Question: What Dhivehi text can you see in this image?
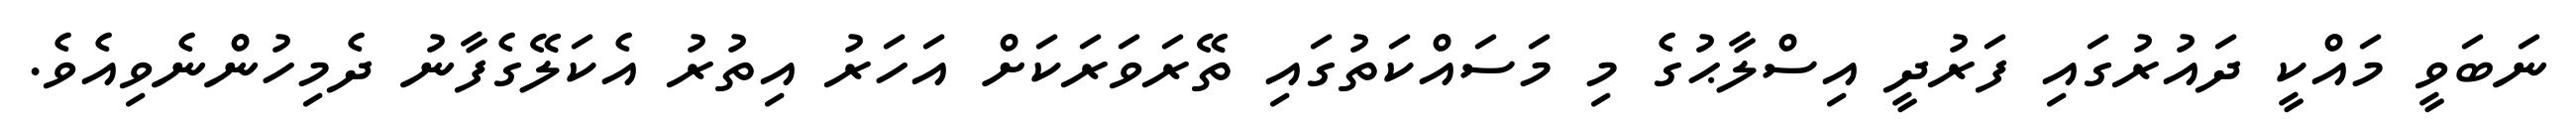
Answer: ނަބަވީ މައްކީ ދައުރުގައި ފަރުދީ އިސްލާޙުގެ މި މަސައްކަތުގައި ތޭރަވަރަކަށް އަހަރު އިތުރު އެކަލޭގެފާނު ދެމިހުންނެވިއެވެ.